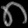
Digit: ၈